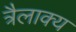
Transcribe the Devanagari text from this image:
त्रैलाक्य